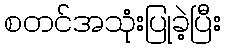
စတင်အသုံးပြုခဲ့ပြီး